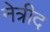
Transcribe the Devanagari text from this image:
नेत्रीद